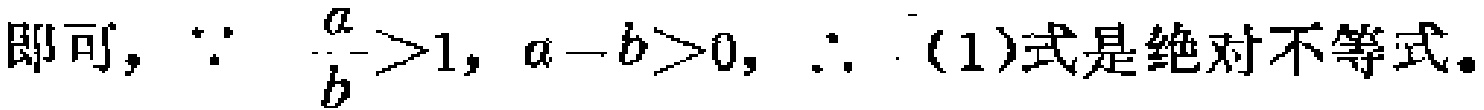
即可，\(\because \frac{a}{b}>1, a - b>0, \therefore\) (1)式是绝对不等式。